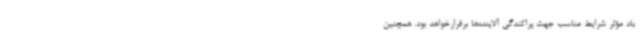
باد مؤثر شرایط مناسب جهت پراکندگی آلاینده‌ها برقرارخواهد بود. همچنین